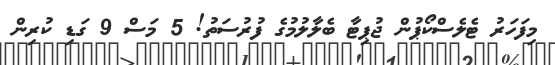
މިފަހަރު ޓެލެސްކޯޕުން ޖުޕިޓާ ބެލާލުމުގެ ފުރުސަތު! 5 މަސް 9 ގަޑި ކުރިން